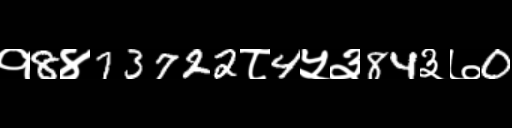
Text: १8४73722८4५३84३७0